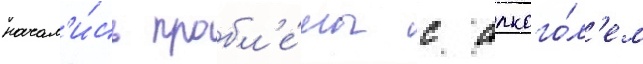
начал'и́сь пробл'е́мы с алкого́л'ем